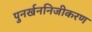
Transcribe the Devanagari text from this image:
पुनर्खननिजीकरण